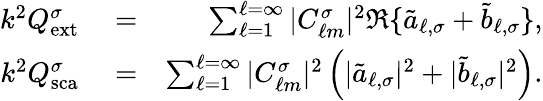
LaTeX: \begin{array}{rlr}{k^{2}Q_{\mathrm{{ext}}}^{\sigma}}&{{}=}&{\sum_{\ell=1}^{\ell=\infty}|C_{\ell m}^{\sigma}|^{2}\Re\{ \tilde{a}_{\ell,\sigma}+\tilde{b}_{\ell,\sigma}\} ,}\\ {k^{2}Q_{\mathrm{{sca}}}^{\sigma}}&{{}=}&{\sum_{\ell=1}^{\ell=\infty}|C_{\ell m}^{\sigma}|^{2}\left(|\tilde{a}_{\ell,\sigma}|^{2}+|\tilde{b}_{\ell,\sigma}|^{2}\right).}\end{array}